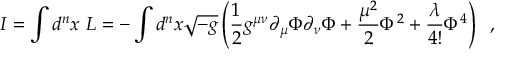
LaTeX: I = \int d ^ { n } x ~ { \cal L } = - \int d ^ { n } x \sqrt { - g } \left( \frac { 1 } { 2 } g ^ { \mu \nu } \partial _ { \mu } \Phi \partial _ { \nu } \Phi + \frac { \mu ^ { 2 } } { 2 } \Phi ^ { 2 } + \frac { \lambda } { 4 ! } \Phi ^ { 4 } \right) \; \; ,